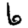
Digit: 6